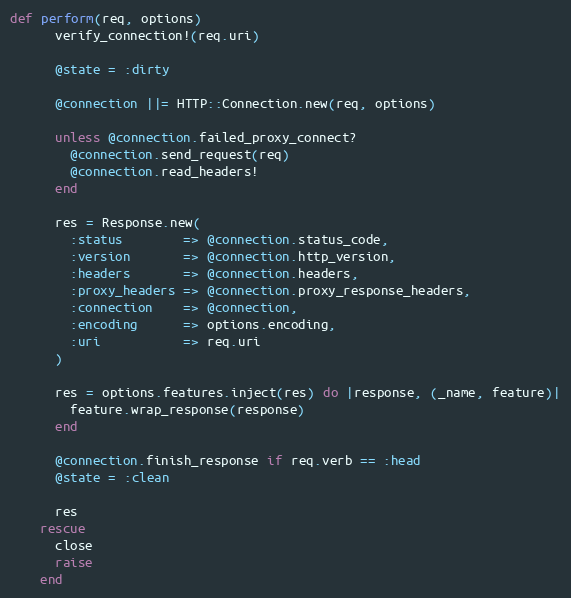
Language: Ruby
def perform(req, options)
      verify_connection!(req.uri)

      @state = :dirty

      @connection ||= HTTP::Connection.new(req, options)

      unless @connection.failed_proxy_connect?
        @connection.send_request(req)
        @connection.read_headers!
      end

      res = Response.new(
        :status        => @connection.status_code,
        :version       => @connection.http_version,
        :headers       => @connection.headers,
        :proxy_headers => @connection.proxy_response_headers,
        :connection    => @connection,
        :encoding      => options.encoding,
        :uri           => req.uri
      )

      res = options.features.inject(res) do |response, (_name, feature)|
        feature.wrap_response(response)
      end

      @connection.finish_response if req.verb == :head
      @state = :clean

      res
    rescue
      close
      raise
    end